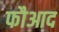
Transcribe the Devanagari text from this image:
फौआद